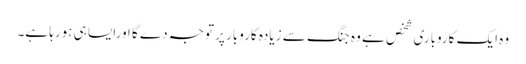
وہ ایک کاروباری شخص ہے وہ جنگ سے زیادہ کاروبار پر توجہ دے گا اورایسا ہی ہورہا ہے۔